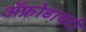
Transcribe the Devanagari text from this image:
ॲफ्रोडायटी